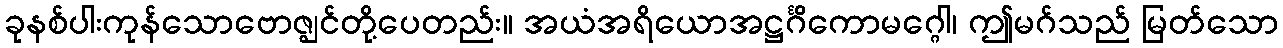
ခုနစ်ပါးကုန်သောဗောဇ္ဈင်တို့ပေတည်း။ အယံအရိယောအဋ္ဌင်္ဂိကောမဂ္ဂေါ၊ ဤမဂ်သည် မြတ်သော